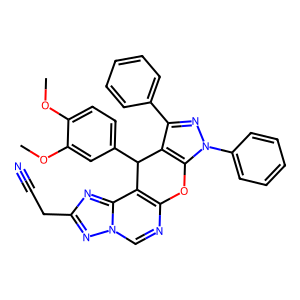
SMILES: COc1ccc(C2c3c(-c4ccccc4)nn(-c4ccccc4)c3Oc3ncn4nc(CC#N)nc4c32)cc1OC
Inhibits HIV replication: No